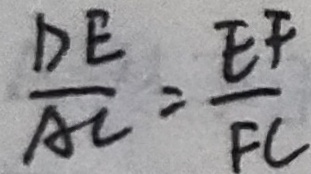
\frac { D E } { A C } = \frac { E F } { F C }